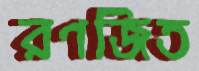
রণজিত